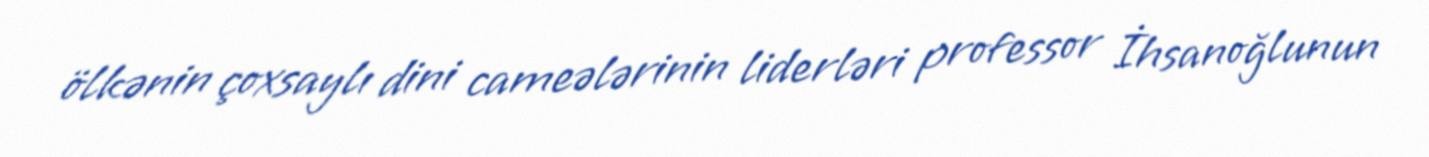
ölkənin çoxsaylı dini cameələrinin liderləri professor İhsanoğlunun